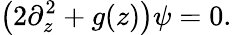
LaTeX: \left(2\partial_{z}^{2}+g(z)\right)\psi=0.